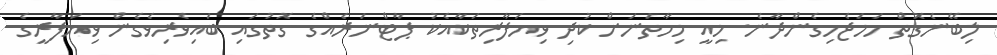
ލިބޭނެގޮތް ހަމަޖެހިގެންދާނެ. މިއީ މިހާތަނަށް ކުދި ވިޔަފާރިތަކާއެކު ޕާޓްނަރެއްގެ ގޮތުގައި ބައިވެރިވެގެން ވިޔަފާރީގެ